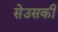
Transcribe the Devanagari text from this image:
सेउसकी